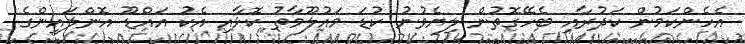
އެހެންކަމުން ކަދުރާއި ބެހޭގޮތުން ލިޔެވުނު ކުޑަ މައުލޫމާތު ކޮޅާއި އެކު އައްޑޫ އޮންލައިންގެ